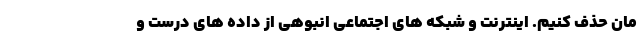
مان حذف کنیم. اینترنت و شبکه های اجتماعی انبوهی از داده های درست و